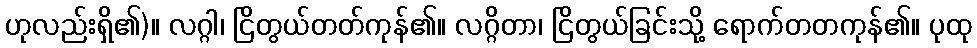
ဟုလည်းရှိ၏)။ လဂ္ဂါ၊ ငြိတွယ်တတ်ကုန်၏။ လဂ္ဂိတာ၊ ငြိတွယ်ခြင်းသို့ ရောက်တတကုန်၏။ ပုထု